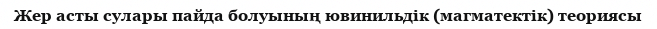
Жер асты сулары пайда болуының ювинильдік (магматектік) теориясы